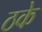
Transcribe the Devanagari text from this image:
ठके